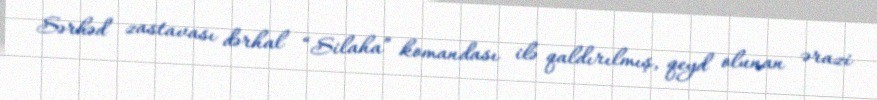
Sərhəd zastavası dərhal “Silaha” komandası ilə qaldırılmış, qeyd olunan ərazi